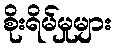
စိုးရိမ်မှုများ